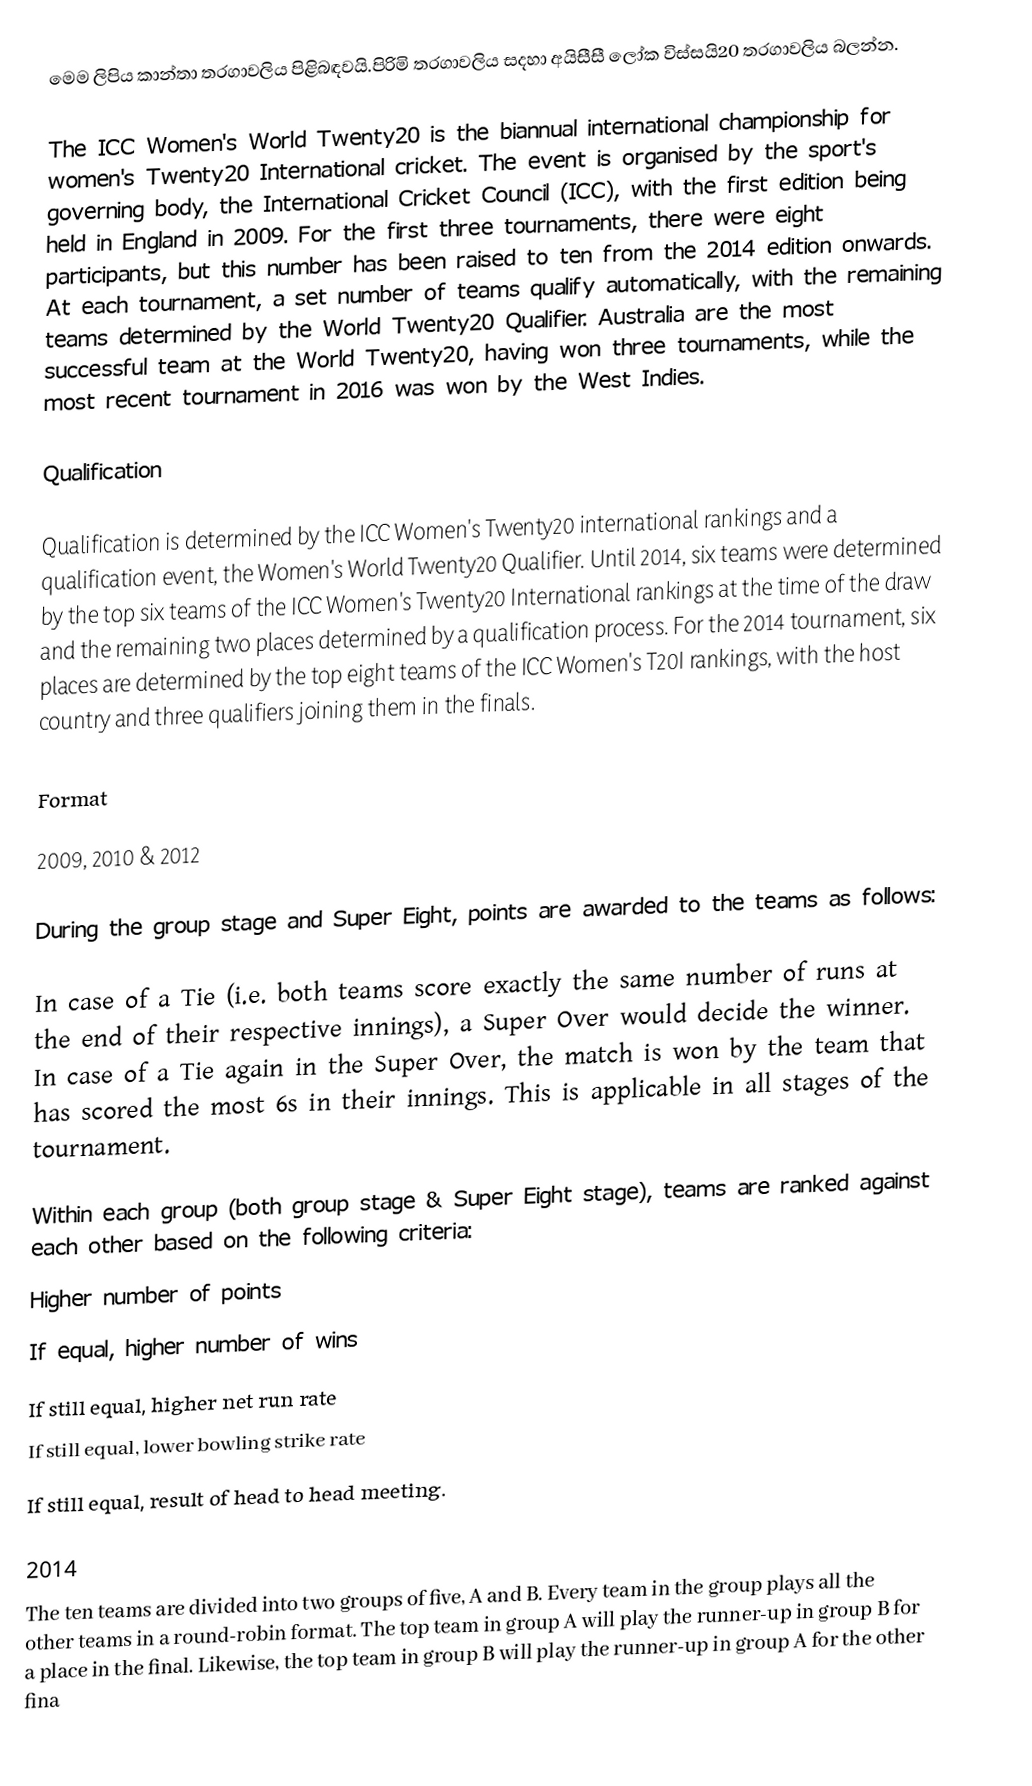
මෙම ලිපිය කාන්තා තරගාවලිය පිළිබඳවයි.පිරිමි තරගාවලිය සදහා අයිසීසී ලෝක විස්සයි20 තරගාවලිය බලන්න.

The ICC Women's World Twenty20 is the biannual international championship for women's Twenty20 International cricket. The event is organised by the sport's governing body, the International Cricket Council (ICC), with the first edition being held in England in 2009. For the first three tournaments, there were eight participants, but this number has been raised to ten from the 2014 edition onwards. At each tournament, a set number of teams qualify automatically, with the remaining teams determined by the World Twenty20 Qualifier. Australia are the most successful team at the World Twenty20, having won three tournaments, while the most recent tournament in 2016 was won by the West Indies.

Qualification

Qualification is determined by the ICC Women's Twenty20 international rankings and a qualification event, the Women's World Twenty20 Qualifier. Until 2014, six teams were determined by the top six teams of the ICC Women's Twenty20 International rankings at the time of the draw and the remaining two places determined by a qualification process.  For the 2014 tournament, six places are determined by the top eight teams of the ICC Women's T20I rankings, with the host country and three qualifiers joining them in the finals.

Format

2009, 2010 & 2012

During the group stage and Super Eight, points are awarded to the teams as follows:

In case of a Tie (i.e. both teams score exactly the same number of runs at the end of their respective innings), a Super Over would decide the winner. In case of a Tie again in the Super Over, the match is won by the team that has scored the most 6s in their innings. This is applicable in all stages of the tournament.

Within each group (both group stage & Super Eight stage), teams are ranked against each other based on the following criteria:
 Higher number of points
 If equal, higher number of wins
 If still equal, higher net run rate
 If still equal, lower bowling strike rate
 If still equal, result of head to head meeting.

2014
The ten teams are divided into two groups of five, A and B.  Every team in the group plays all the other teams in a round-robin format.  The top team in group A will play the runner-up in group B for a place in the final.  Likewise, the top team in group B will play the runner-up in group A for the other fina